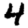
Digit: 4